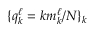
\{ q _ { k } ^ { \ell } = k m _ { k } ^ { \ell } / N \} _ { k }